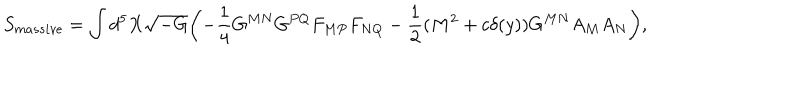
S _ { m a s s i v e } = \int d ^ { 5 } X \sqrt { - G } \biggl ( - \frac { 1 } { 4 } G ^ { M N } G ^ { P Q } F _ { M P } F _ { N Q } - \frac { 1 } { 2 } ( M ^ { 2 } + c \delta ( y ) ) G ^ { M N } A _ { M } A _ { N } \biggr ) ,